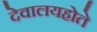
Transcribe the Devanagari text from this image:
देवालयहोते